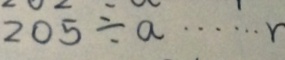
2 0 5 \div a \cdots r